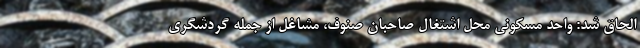
الحاق شد: واحد مسکونی محل اشتغال صاحبان صنوف، مشاغل از جمله گردشگری